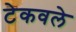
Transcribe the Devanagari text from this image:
टेकवले